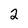
Character: 2